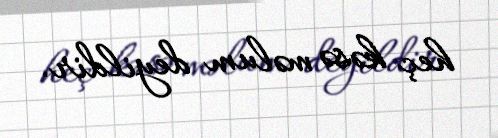
heç kəsə məlum deyildir.